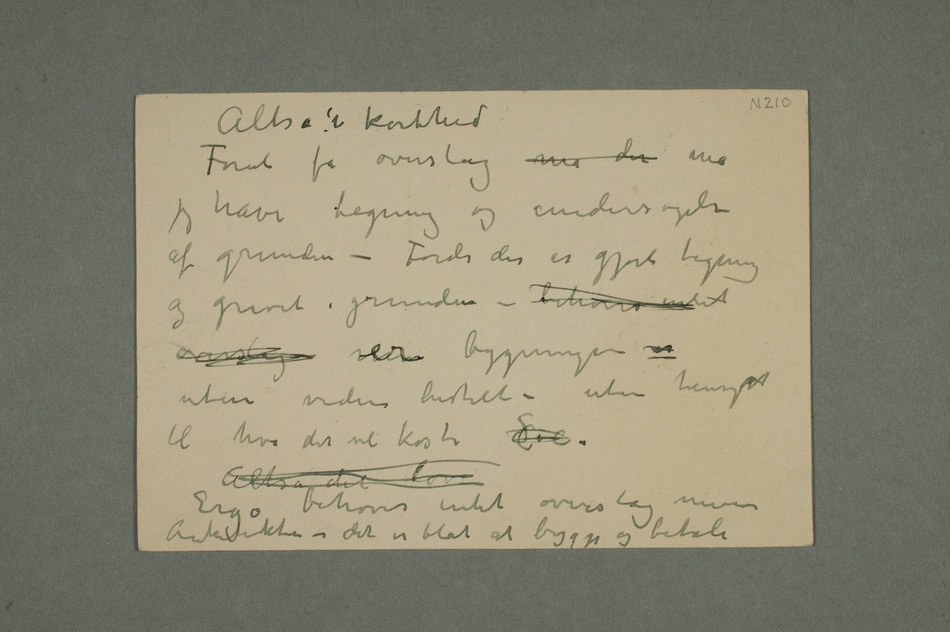
Altså i korthed
jeg have tegning og undersøgelse
af grunden – Fordi det er gjort tegning
og gravet i grunden – behøves intet
overslag er bygningen er
uten videre bestilt – uten hensyn
Altså det lov